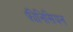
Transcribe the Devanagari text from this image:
फ़ीनिसियन